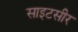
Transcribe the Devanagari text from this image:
साइटसीर